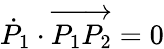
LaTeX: {\dot{P}}_{1}\cdot\overrightarrow{P_{1}P_{2}}=0